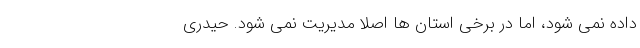
داده نمی‌ شود، اما در برخی استان ‌ها اصلا مدیریت نمی ‌شود. حیدری